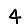
Digit: 4